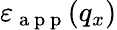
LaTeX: {{\varepsilon}_{\mathrm{~a~p~p~}}}({{q}_{x}})